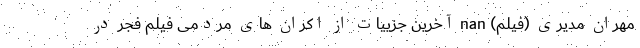
مهران مدیری (فیلم) nan آخرین جزییات از اکران های مردمی فیلم فجر در